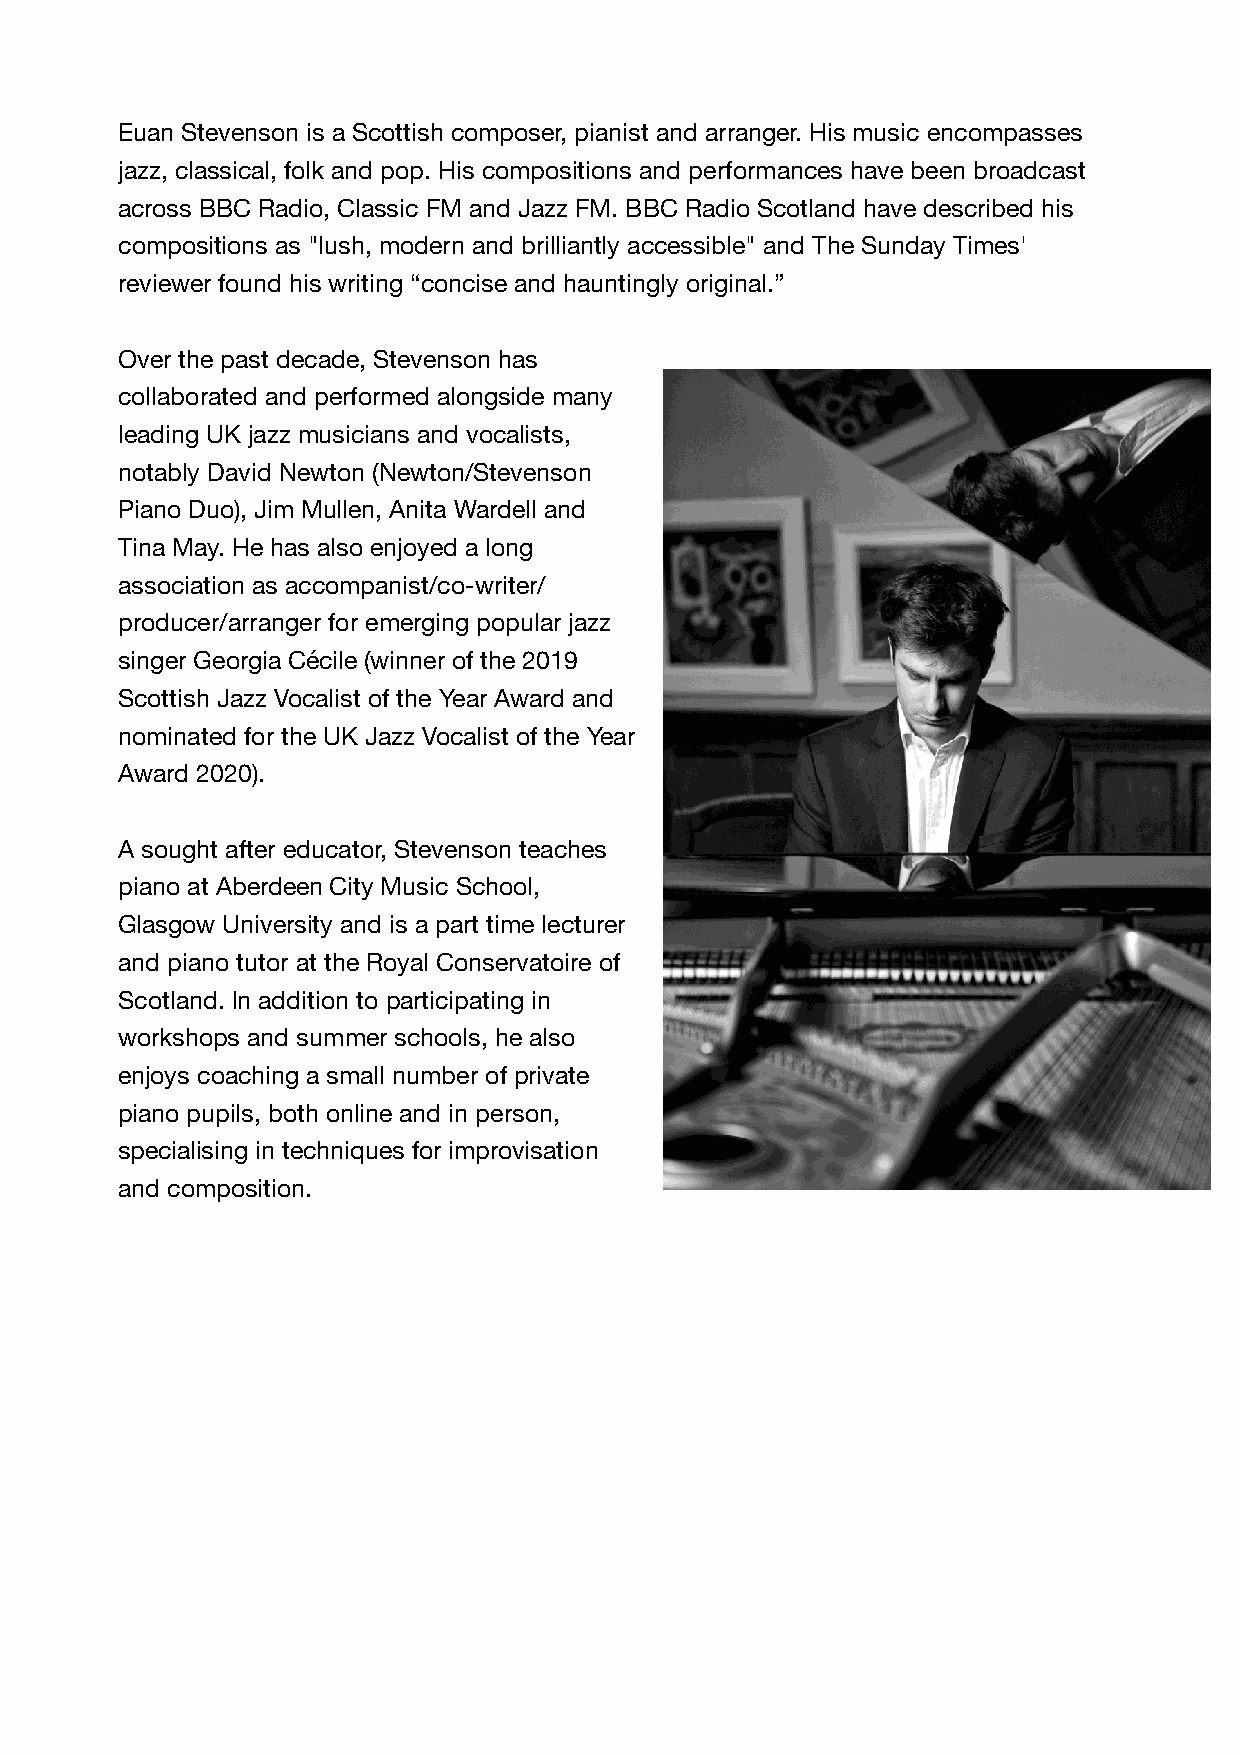
Euan Stevenson is a Scottish composer, pianist and arranger. His music encompasses
 jazz, classical, folk and pop. His compositions and performances have been broadcast
 across BBC Radio, Classic FM and Jazz FM. BBC Radio Scotland have described his
 compositions as "lush, modern and brilliantly accessible" and The Sunday Times'
 reviewer found his writing “concise and hauntingly original.”
 Over the past decade, Stevenson has
 collaborated and performed alongside many
 leading UK jazz musicians and vocalists,
 notably David Newton (Newton/Stevenson
 Piano Duo), Jim Mullen, Anita Wardell and
 Tina May. He has also enjoyed a long
 association as accompanist/co-writer/
 producer/arranger for emerging popular jazz
 singer Georgia Cécile (winner of the 2019
 Scottish Jazz Vocalist of the Year Award and
 nominated for the UK Jazz Vocalist of the Year
 Award 2020).
 A sought after educator, Stevenson teaches
 piano at Aberdeen City Music School,
 Glasgow University and is a part time lecturer
 and piano tutor at the Royal Conservatoire of
 Scotland. In addition to participating in
 workshops and summer schools, he also
 enjoys coaching a small number of private
 piano pupils, both online and in person,
 specialising in techniques for improvisation
 and composition.